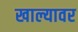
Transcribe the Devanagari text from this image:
खाल्यावर